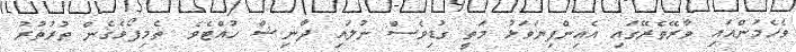
ވެހެމުންއައި ވާރޭތެރޭގައި އެއިންފިޔަވަޅު މަތީ ގުޑިވެސް ނުލައި ދާނިޝް ހުއްޓެވެ. ތެމިފޯވެެގެން ތުރުތުރު